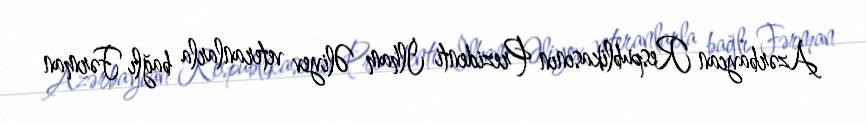
Azərbaycan Respublikasının Prezidenti İlham Əliyev veteranlarla bağlı Fərman